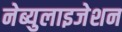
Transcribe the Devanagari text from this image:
नेब्युलाइजेशन